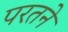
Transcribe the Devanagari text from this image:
परतने